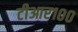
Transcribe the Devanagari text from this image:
टीआर१००